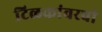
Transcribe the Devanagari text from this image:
टिळकांवरची